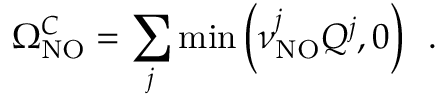
\Omega _ { \mathrm { N O } } ^ { C } = \sum _ { j } \mathrm { m i n } \left( \nu _ { \mathrm { N O } } ^ { j } Q ^ { j } , 0 \right) \, \mathrm { ~ . ~ }